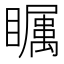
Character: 𱳔